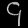
Digit: ၄